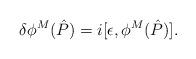
LaTeX: \begin{align*}\delta \phi^M(\hat{P})=i[\epsilon ,\phi^M(\hat{P})].\end{align*}